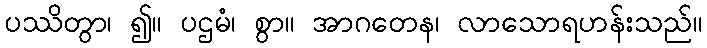
ပဿိတွာ၊ ၍။ ပဌမံ၊ စွာ။ အာဂတေန၊ လာသောရဟန်းသည်။